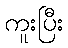
ကူးပြီး